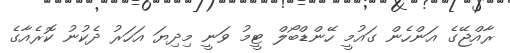
ރާއްޖޭގެ އަންހެން ގައުމީ ހޭންޑްބޯލް ޓީމު ވަނީ މިދިޔަ އަހަރު ދެކުނު ކޮރެއާގެ